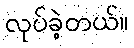
လုပ်ခဲ့တယ်။